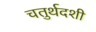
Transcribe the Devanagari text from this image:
चतुर्थदशी